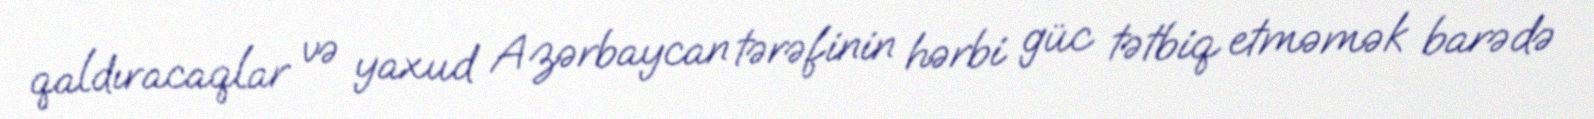
qaldıracaqlar və yaxud Azərbaycan tərəfinin hərbi güc tətbiq etməmək barədə